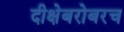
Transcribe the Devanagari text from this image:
दीक्षेबरोबरच